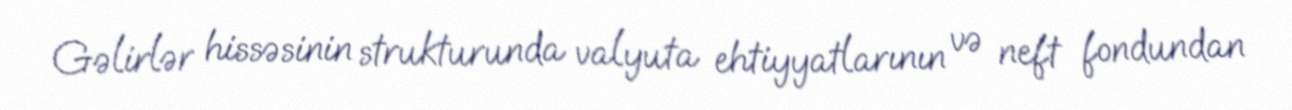
Gəlirlər hissəsinin strukturunda valyuta ehtiyyatlarının və neft fondundan